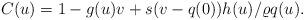
LaTeX: \begin{align*} C(u)&=1-g(u)v+s(v-q(0))h(u)/\varrho q(u).\end{align*}